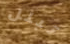
تبلل